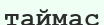
таймас